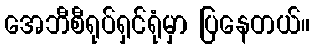
အေဘီစီရုပ်ရှင်ရုံမှာ ပြနေတယ်။